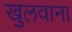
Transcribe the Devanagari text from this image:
खुलवाना